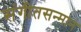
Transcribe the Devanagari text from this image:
संगीतसन्मान